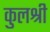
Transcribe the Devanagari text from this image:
कुलश्री